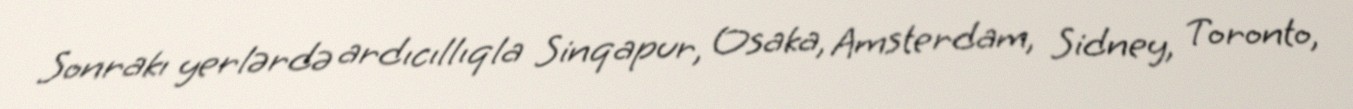
Sonrakı yerlərdə ardıcıllıqla Sinqapur, Osaka, Amsterdam, Sidney, Toronto,